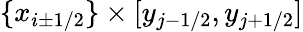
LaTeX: \{ x_{i\pm 1/2}\} \times[y_{j-1/2},y_{j+1/2}]